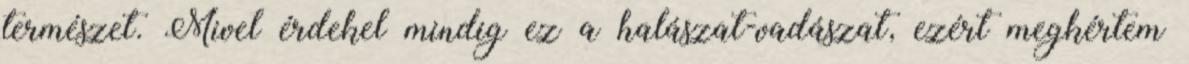
természet. Mivel érdekel mindig ez a halászat-vadászat, ezért megkértem